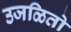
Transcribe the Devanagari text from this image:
उजळितो